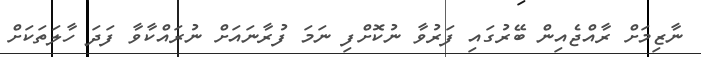
ނާޒިމަށް ރާއްޖެއިން ބޭރުގައި ފަރުވާ ނުކޮށްފި ނަމަ ފުރާނައަށް ނުރައްކާވާ ފަދަ ހާލަތަކަށް